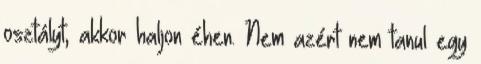
osztályt, akkor haljon éhen. Nem azért nem tanul egy